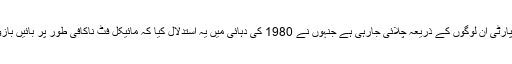
آج لیبر پارٹی ان لوگوں کے ذریعہ چلائی جارہی ہے جنہوں نے 1980 کی دہائی میں یہ استدلال کیا کہ مائیکل فٹ ناکافی طور پر بائیں بازو کا تھا۔